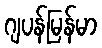
ဂျပန်မြန်မာ